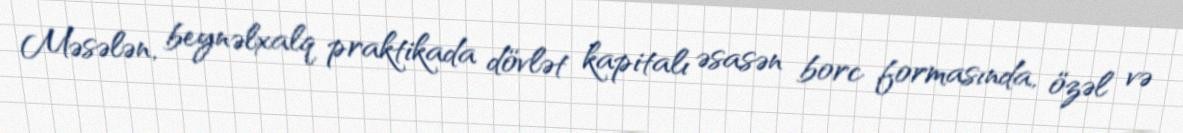
Məsələn, beynəlxalq praktikada dövlət kapitalı əsasən borc formasında, özəl və